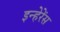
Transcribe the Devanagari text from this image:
इन्हेरेंस